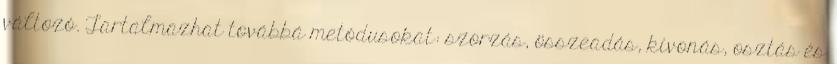
változó. Tartalmazhat továbbá metódusokat: szorzás, összeadás, kivonás, osztás és